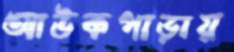
আউকপাড়ায়